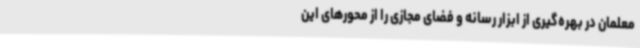
معلمان در بهره‌گیری از ابزار رسانه و فضای مجازی را از محورهای این